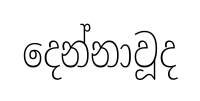
දෙන්නාවූද